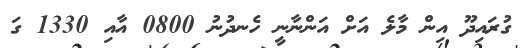
ގުރައިދޫ އިން މާލެ އަށް އަންނާނީ ހެނދުނު 0800 އާއި 1330 ގަ